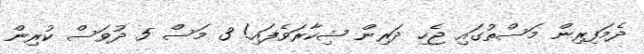
ދެމަފިރިން މަސްތުގައި ޖެހި ދަރިން ޝިކާރަވެފައި! 3 މަސް 5 ދުވަސް ކުރިން